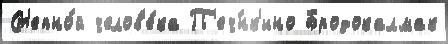
Ст'епно́й челов'е́ка П'еч́нк'ино Бродокалмак